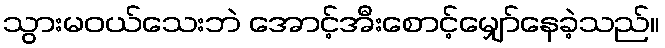
သွားမဝယ်သေးဘဲ အောင့်အီးစောင့်မျှော်နေခဲ့သည်။